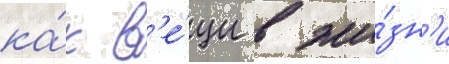
ка́к в'е́щи в жи́зн'и